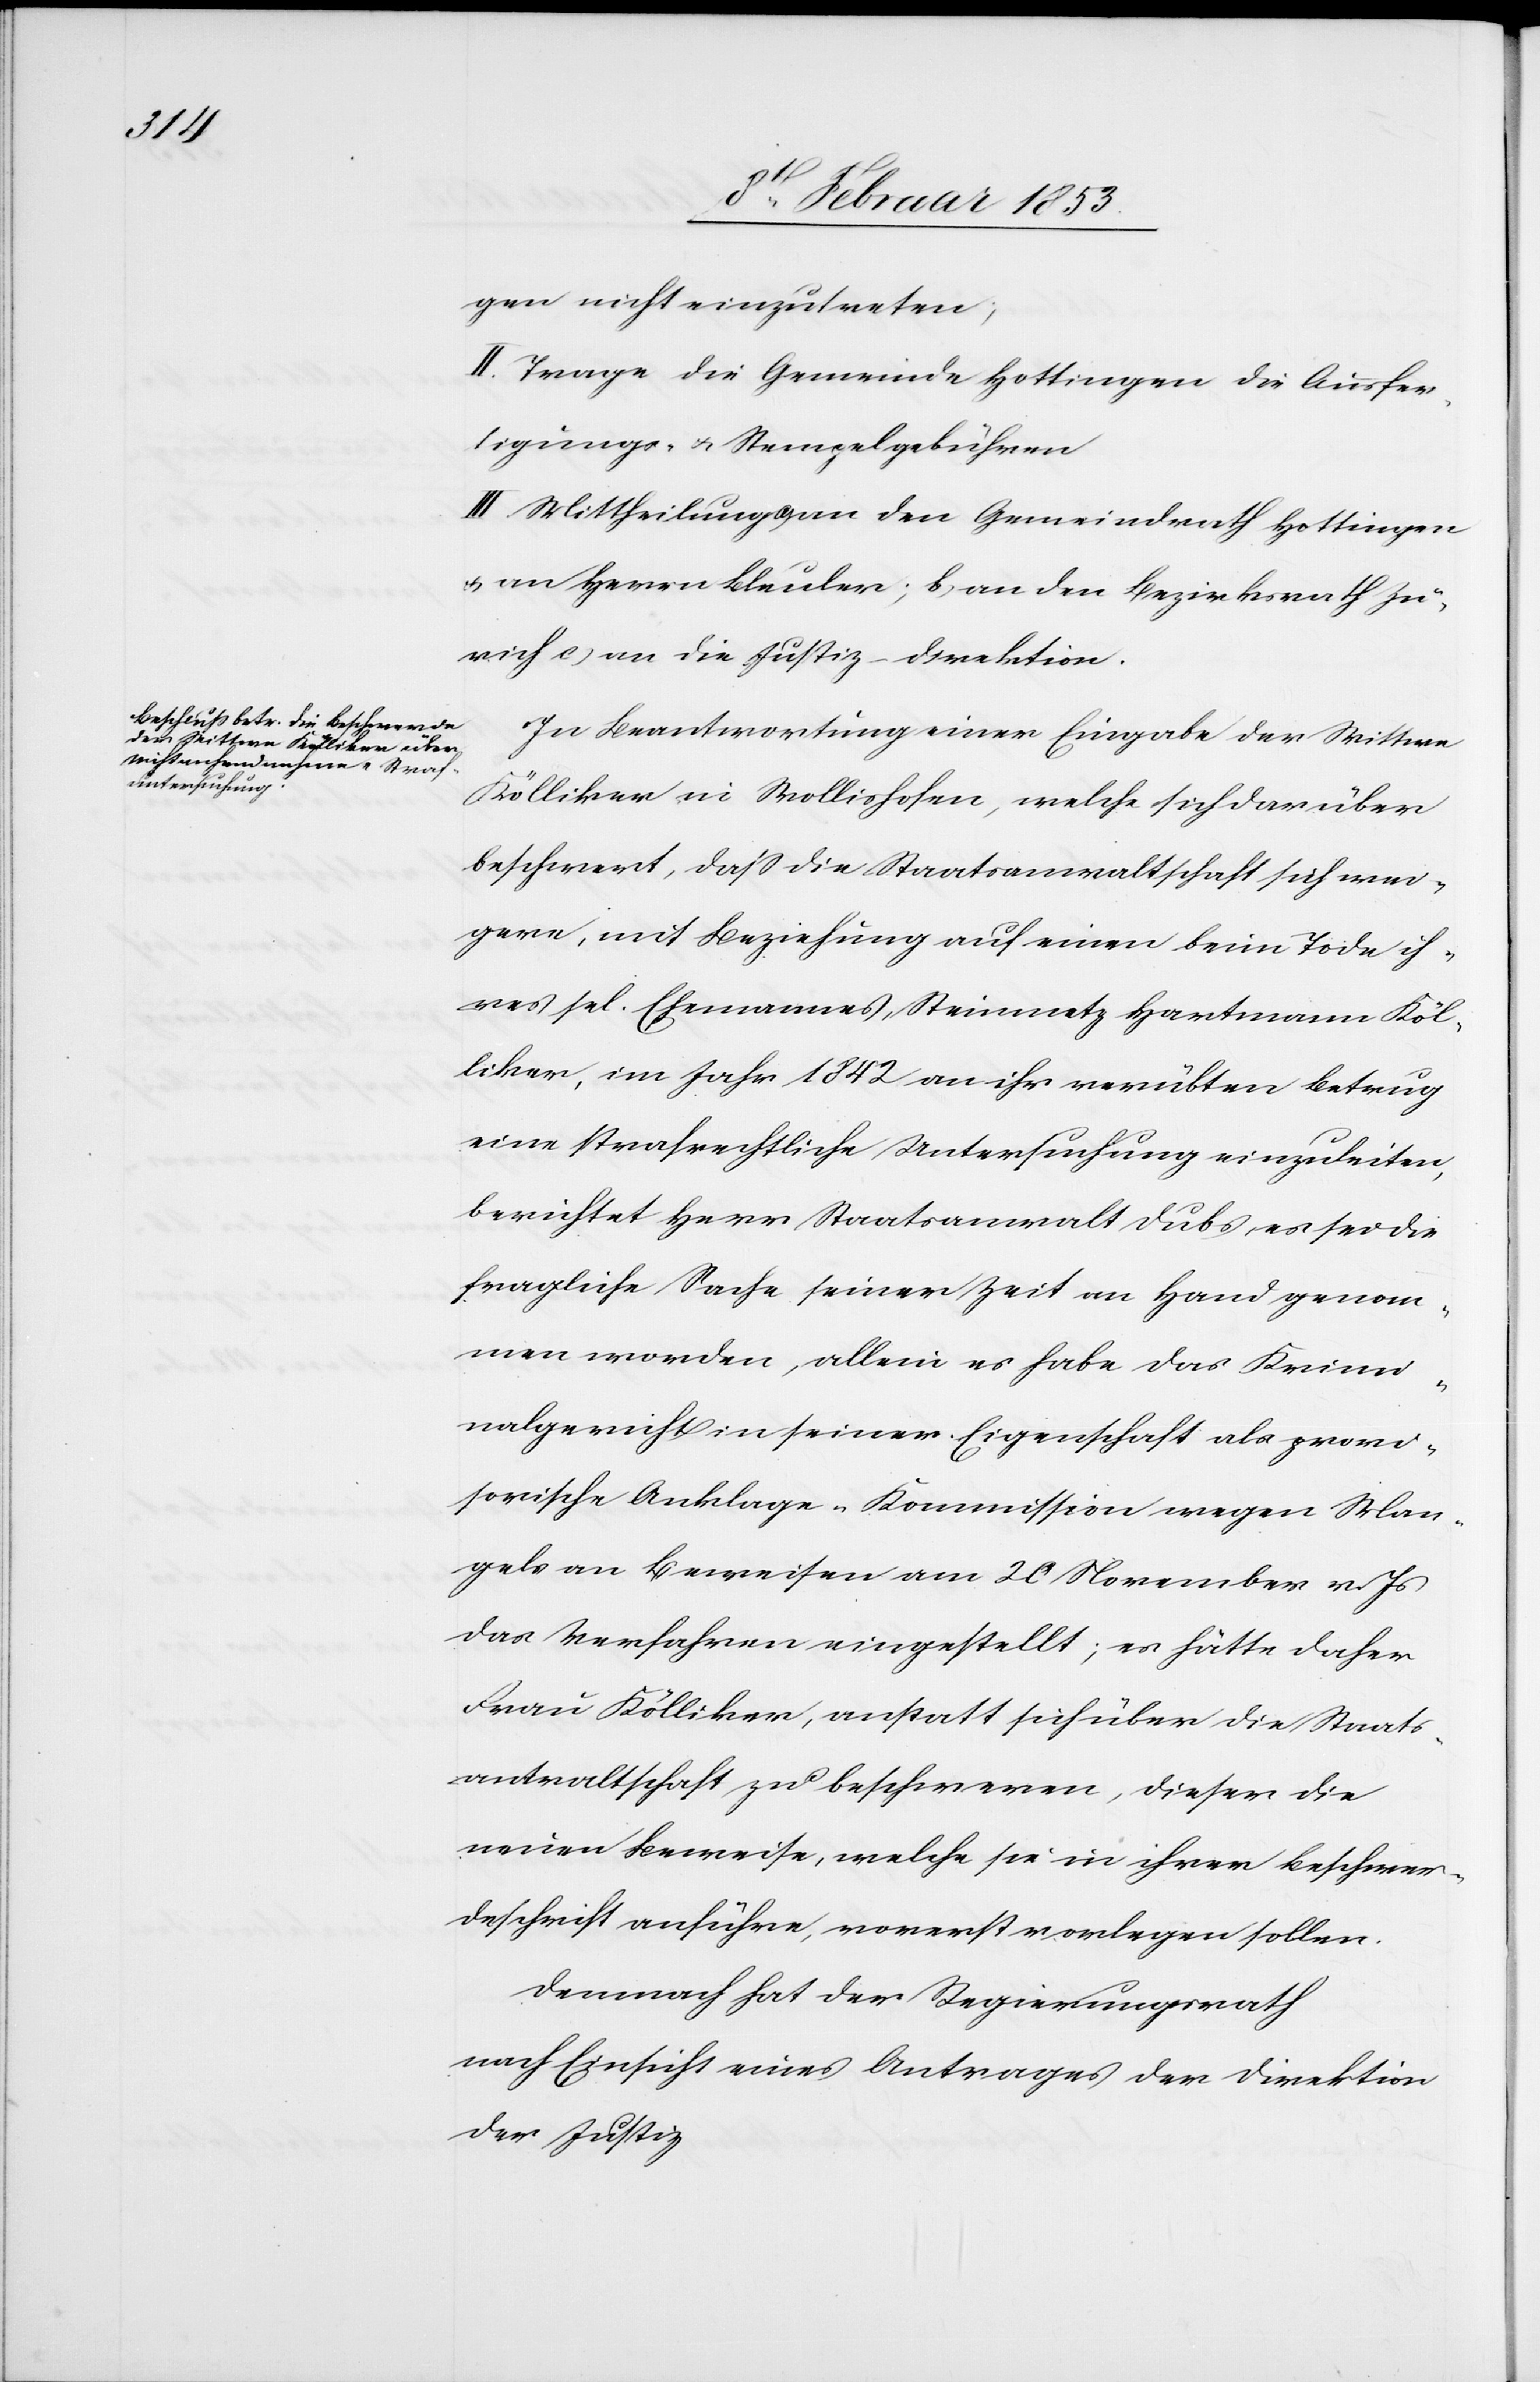
gen nicht einzutreten,
II. Trage die Gemeinde Hottingen die Ausfer¬
tigungs- u. Stempelgebühren.
III. Mittheilung an a, an den Gemeindrath Hottingen
u. an Herrn Bleuler; b, an den Bezirksrath Zü¬
rich c, an die Justiz-Direktion.
In Beantwortung einer Eingabe der Wittwe
Kölliker in Wollishofen, welche sich darüber
beschwert, daß die Staatsanwaltschaft sich wei¬
gere, mit Beziehung auf einen beim Tode ih¬
res sel. Ehemannes Steinmetz Hartmann Köl¬
liker, im Jahre 1842 an ihr verübten Betrug
eine strafrechtliche Untersuchung einzuleiten,
berichtet Herr Staatsanwalt Dubs es sei die
fragliche Sache seiner Zeit an Hand genom¬
men worden, allein es habe das Krimi¬
nalgericht in seiner Eigenschaft als provi¬
sorische Anklage-Kommission wegen Man¬
gels an Beweisen am 20 November v. Js.
das Verfahren eingestellt; er hätte daher
Frau Kölliker, anstatt sich über die Staats¬
anwaltschaft zu beschweren, dieser die
neuen Beweise, welche sie ihrer Beschwer¬
deschrift anführe, vorerst vorlegen sollen.
Demnach hat der Regierungsrath
nach Einsicht eines Antrages der Direktion
der Justiz